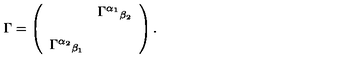
\Gamma = \left( \begin{array} { c c } { } & { \Gamma ^ { \alpha _ { 1 } } { } _ { \beta _ { 2 } } } \\ { } & { } \\ { \Gamma ^ { \alpha _ { 2 } } { } _ { \beta _ { 1 } } } & { } \\ \end{array} \right) .